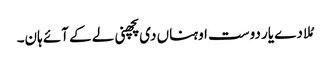
مُلا دے یار دوست اوہناں دی پچھنی لے کے آئے ہان۔